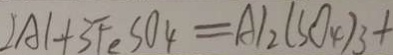
2 A 1 + 3 F e S O 4 = A l _ { 2 } ( S O _ { 4 } ) _ { 3 } +